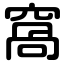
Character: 窩